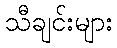
သီချင်းများ